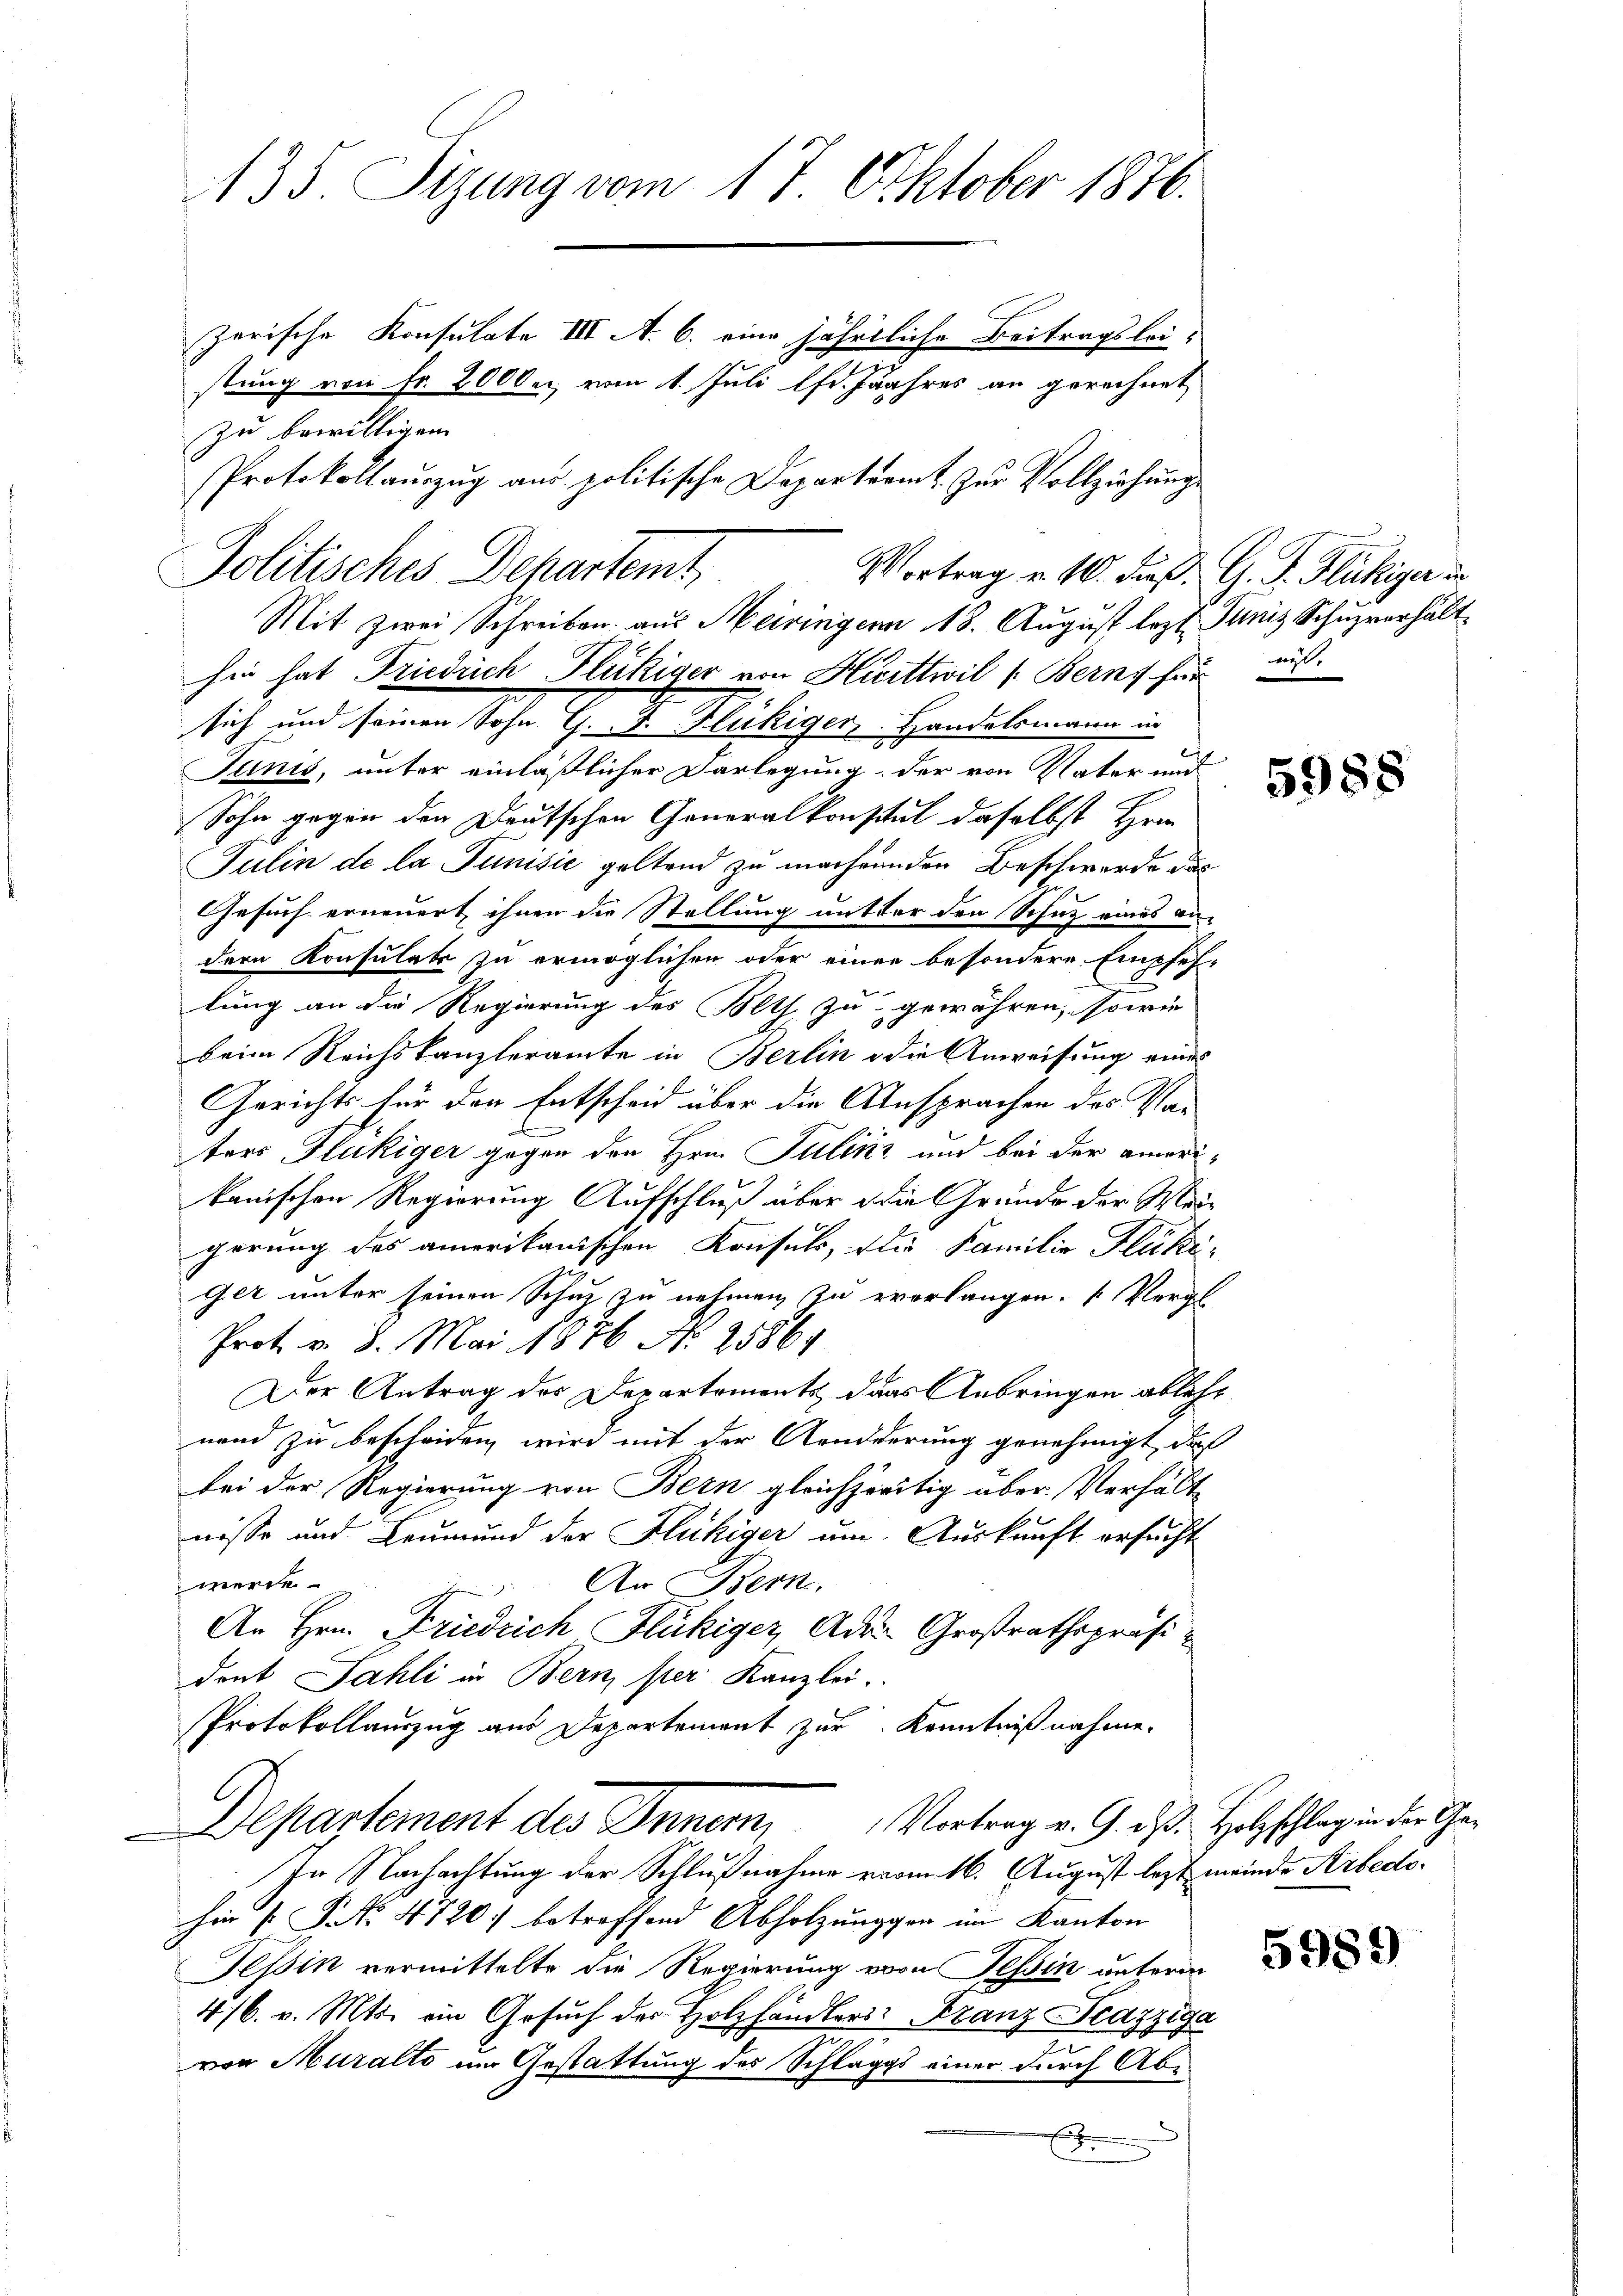
135. Sizung vom 17 Oktober 1876.
zerische Konsulate III A. 6. eine jährtliche Beitragsleistung von Fr. 200 bei, vom 1. Juli 1fr. Jahres an gerechnet
zu bewilligen.
Protokollauszug aus politische Departerit zur Vollziehung

Politisches Departemt,

Junis, unter einläßlicher Darlegung, der von Vater und
Sohn gegen den Deutschen Generalkonstal daselbst Hrn.
Julin de la Junisić geltend zu machenden Beschwerde dar
Gesuch erneuert ihnen die Stellung mitter den Schutz eines an-
dern Konsulats zu ermöglichen oder einer besondere Empfes-
lung an die Regierung des Beth zu gewähren, sowie
beim Reichskanzleramte in Berlin die Anweisung eines
Gerichts für den Entscheid über die Ansprachen des Vors
ters Flückiger gegen den Hrn. Julikz und bei der amerikanischen Regierung Aufschluß über die Gründe der Meigerung des amerikanischen Konsuls, die Familie Flük¬
Get unter seinen Schuh zu nehmen zu evorlangen. (Vergle
Prot. v. 8. Mai 1876 No 25864
Der Antrag des Departements das Anbringen ablehe
nand zu bescheiden, wird mit der Arndderung genehmigt, daß
bei der Regierung von Bern gleichzeitig über Verhält
nisse und Leumund der Flückiger um. Auskunft ersucht
werde
An Bern,
An Hrn. Friedrich Flückiger Ader Großrathspräsident Sahli in Bern ster Kanzlei.
Protokollauszug aus Departement zur Kenntnißnahme.
Departement des Innern, Vortrag v. G. daß Holzschlag in der Ge¬
In Nachachtung der Schlußnahme vom 16. August lezt meinde Arbedtohir [No 4720. betreffend Abholzungen im Kanton
Tessin vermittelte die Regierung vom Tessin unfere
4/6. v. Mts. ein Gesŭch der Holzhändlers: Franz Fcazziga
von Muralto um Gestattung des Schläges einer durch Abe
.

hin hat Friedrich Flückiger von Hirttwil (Bern, für

sich und seinen Sohn G. J. Flückiger, Handelsmann in

Vortrag v. 10. Fuß. G. P. Flückiger in
Mit zwei Schreiben aus Meiringen 18. August lezt. Junis Schuzverhält

we¬

5988